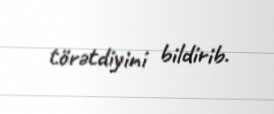
törətdiyini bildirib.